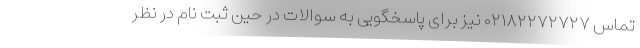
تماس ۰۲۱۸۲۲۷۲۷۲۷ نیز برای پاسخگویی به سوالات در حین ثبت نام در نظر